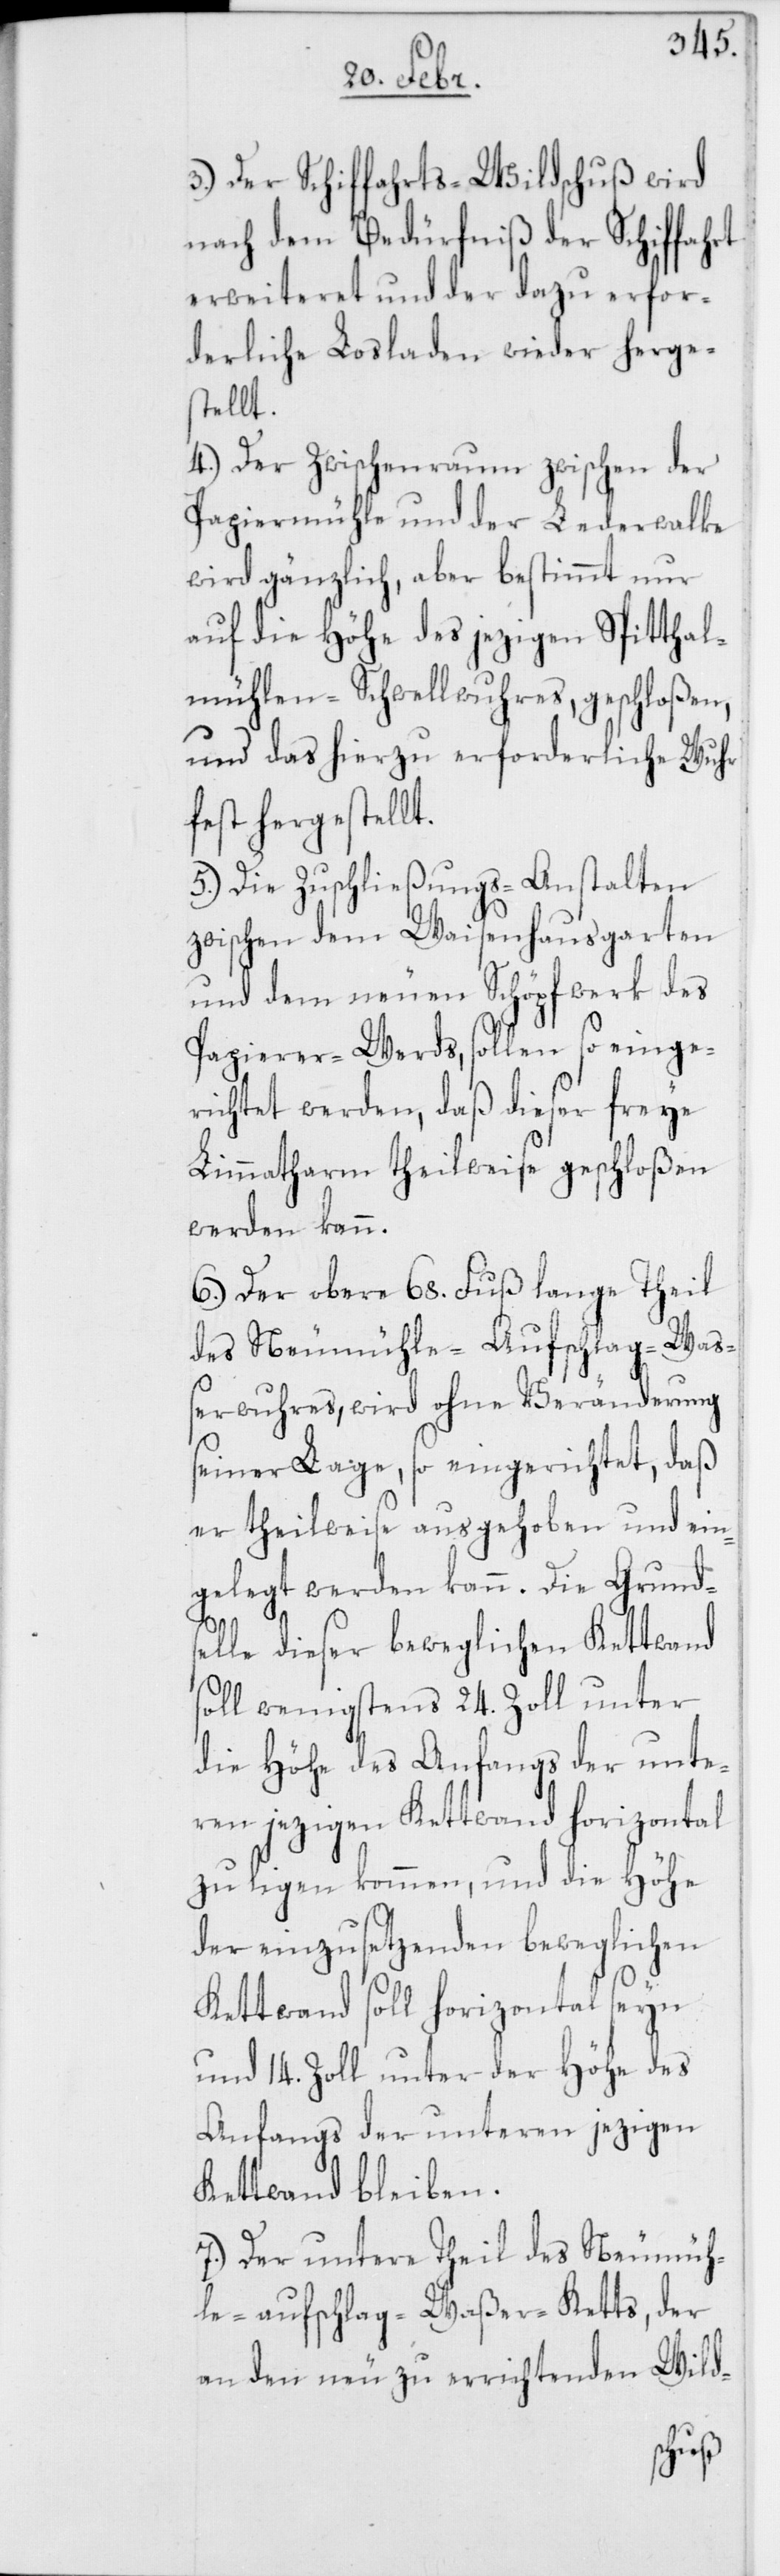
3.) Der Schiffahrts-Wildschuß wird
nach dem Bedürfniß der Schiffahrt
erweiteret und der dazu erfor¬
derliche Losladen wieder herge¬
stellt.
4.) Der Zwischenraum zwischen der
Papiermühle und der Lederwalke
wird gänzlich, aber bestimmt nur
auf die Höhe des jezigen Spitthal¬
mühlen-Schwellwuhres, geschloßen,
und das hierzu erforderliche Wuhr
fest hergestellt.
5.) Die Zuschließungs-Anstalten
zwischen dem Waisenhausgarten
und dem neuen Schöpfwerk des
Papierer-Werds, sollen so einge¬
richtet werden, daß dieser freye
Limmatharm theilweise geschloßen
werden kann.
6.) Der obere 68. Fuß lange Theil
des Neumühle-Aufschlag-Waß¬
erwuhres, wird ohne Veränderung
seiner Lage, so eingerichtet, daß
er theilweise ausgehoben und ein¬
gelegt werden kann. Die Grunds¬
elle dieser beweglichen Kettwand
soll wenigstens 24. Zoll unter
die Höhe des Anfangs der unter¬
en jezigen Kettwand horizontal
zu ligen kommen, und die Höhe
der einzusetzenden beweglichen
Kettwand soll horizontal seyn
und 14. Zoll unter der Höhe des
Anfangs der unteren jezigen
Kettwand bleiben.
Der untere Theil des Neumüh¬
leaufschlag-Waßer-Ketts, der
an den neu zu errichtenden Wild-